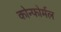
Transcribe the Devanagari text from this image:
कोन्फोर्मल